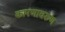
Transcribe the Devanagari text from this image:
कारणावरुण